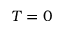
T = 0